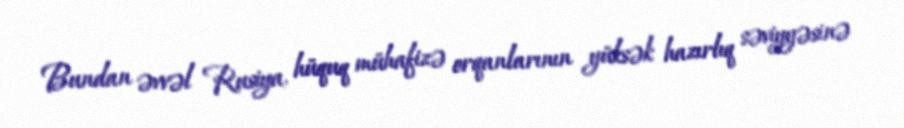
Bundan əvvəl Rusiya, hüquq mühafizə orqanlarının yüksək hazırlıq səviyyəsinə